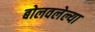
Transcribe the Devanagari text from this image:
बोलवलेल्या